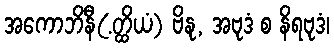
အကောဘိနီ(.တ္ထိယံ) ဗိနု, အဗုဒံ စ နိရဗုဒံ၊